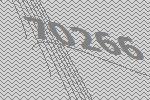
70266